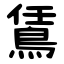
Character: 鵀